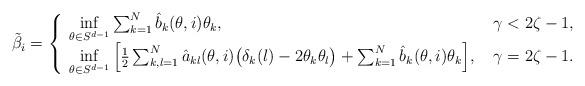
LaTeX: \begin{align*}\tilde \beta_i=\left\{\begin{array}{ll} \inf\limits_{\theta\in S^{d-1}}\sum_{k=1}^N \hat b_k(\theta,i)\theta_k,& \ \gamma<2\zeta-1,\\\inf\limits_{\theta\in S^{d-1}}\Big[\frac 12 \sum_{k,l=1}^N\hat a_{kl}(\theta,i)\big(\delta_{k}(l)-2\theta_k\theta_l\big)+\sum_{k=1}^N \hat b_k(\theta,i)\theta_k\Big],&\ \gamma=2\zeta-1.\end{array}\right.\end{align*}